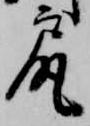
尻